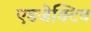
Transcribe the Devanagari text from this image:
एडजेक्टिव